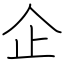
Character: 企